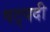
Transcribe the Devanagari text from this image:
षट्‍पदी